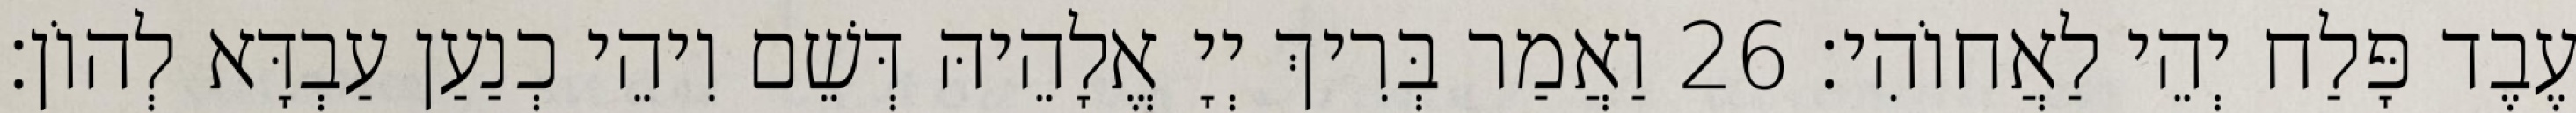
עֶבֶד פָּלַח יְהֵי לַאֲחוֹהִי׃ 26 וַאֲמַר בְּרִיךְ יְיָ אֱלָהֵיהּ דְּשֵׁם וִיהֵי כְנַעַן עַבְדָּא לְהוֹן׃